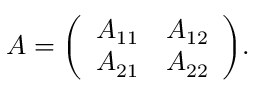
A = { \left( \begin{array} { l l } { A _ { 1 1 } } & { A _ { 1 2 } } \\ { A _ { 2 1 } } & { A _ { 2 2 } } \end{array} \right) } .